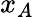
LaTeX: x_{A}